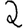
Digit: 2